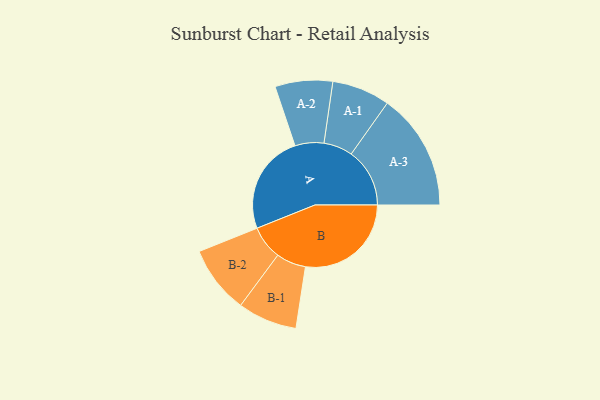
{"axis": {"x": "Segment", "y": "Value"}, "legend": ["", "A", "B"], "data": [{"x": "A", "y": 433, "type": ""}, {"x": "B", "y": 459, "type": ""}, {"x": "A-1", "y": 126, "type": "A"}, {"x": "A-2", "y": 125, "type": "A"}, {"x": "A-3", "y": 254, "type": "A"}, {"x": "B-1", "y": 129, "type": "B"}, {"x": "B-2", "y": 147, "type": "B"}]}